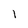
Character: 1